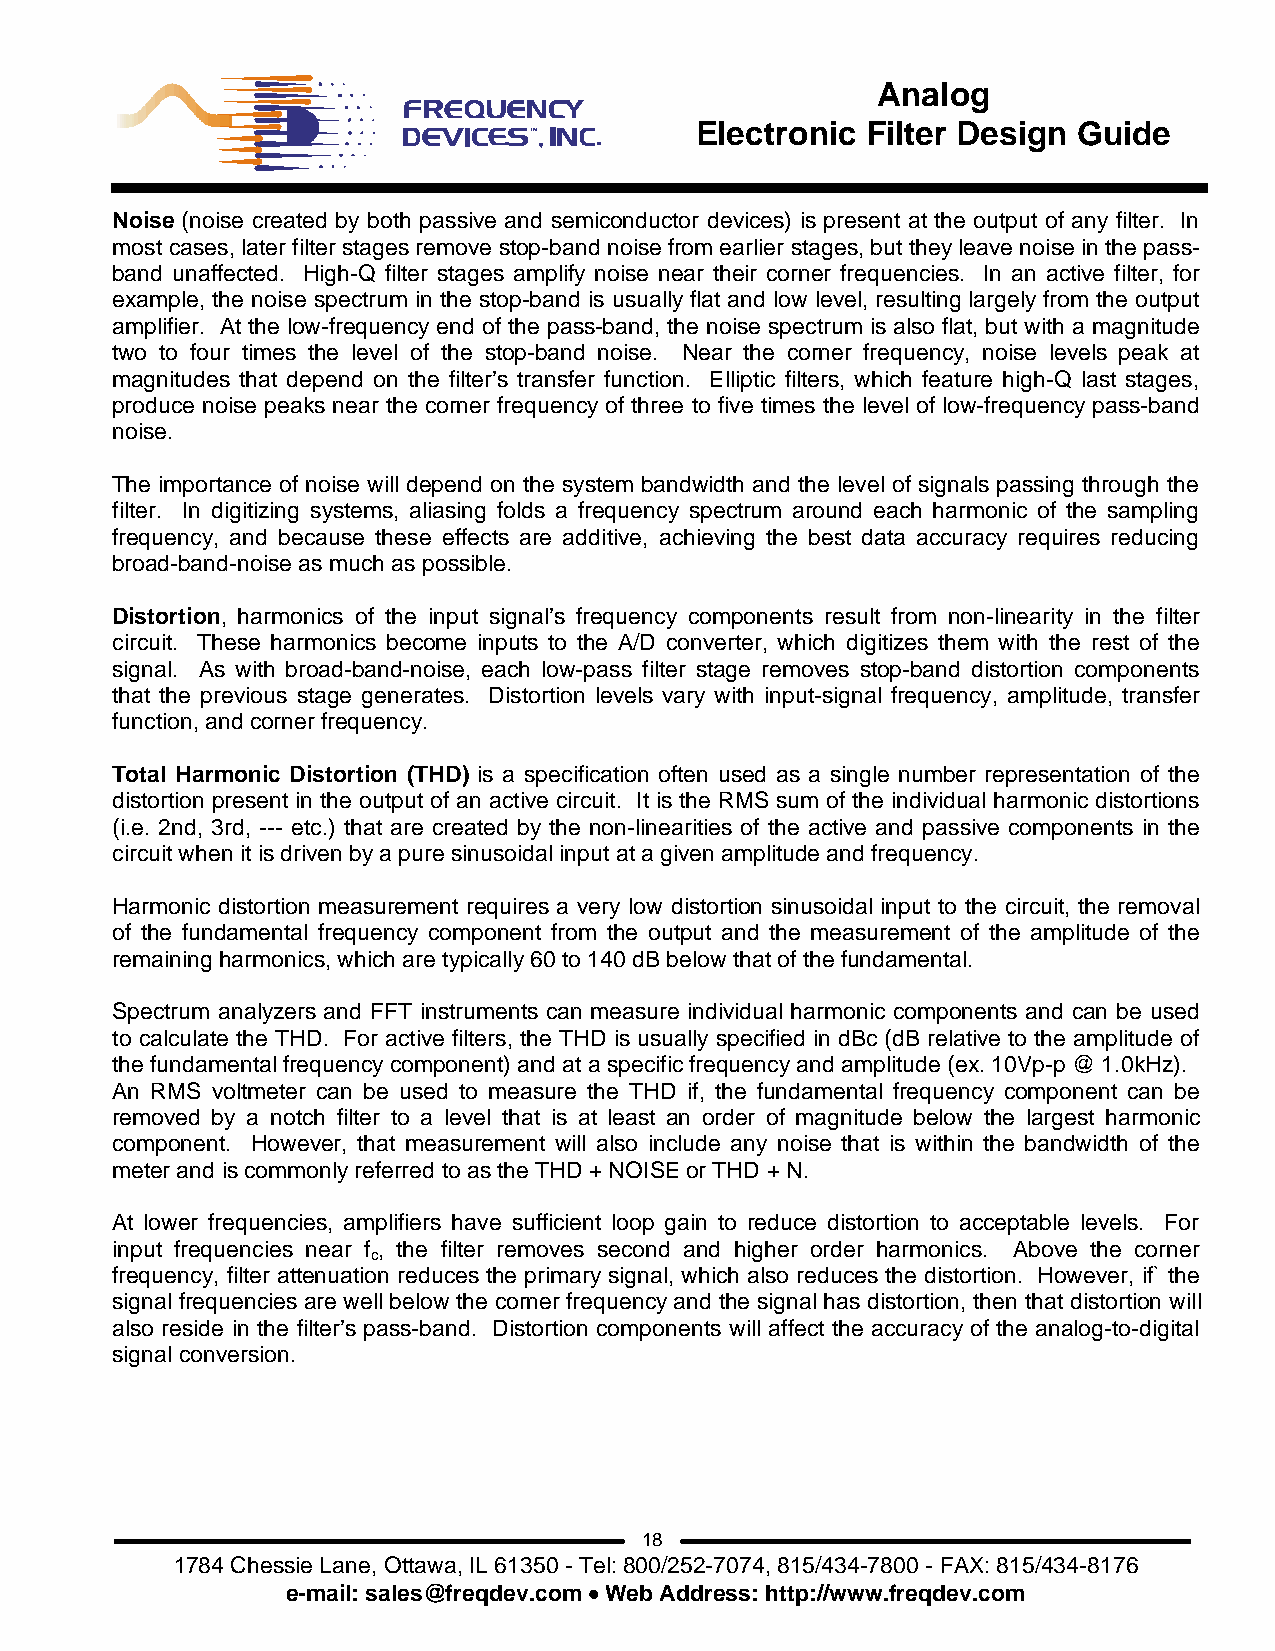
Analog
 Electronic Filter Design Guide
 Noise (noise created by both passive and semiconductor devices) is present at the output of any filter. In
 most cases, later filter stages remove stop-band noise from earlier stages, but they leave noise in the pass-
 band unaffected. High-Q filter stages amplify noise near their corner frequencies. In an active filter, for
 example, the noise spectrum in the stop-band is usually flat and low level, resulting largely from the output
 amplifier. At the low-frequency end of the pass-band, the noise spectrum is also flat, but with a magnitude
 two to four times the level of the stop-band noise. Near the corner frequency, noise levels peak at
 magnitudes that depend on the filter’s transfer function. Elliptic filters, which feature high-Q last stages,
 produce noise peaks near the corner frequency of three to five times the level of low-frequency pass-band
 noise.
 The importance of noise will depend on the system bandwidth and the level of signals passing through the
 filter. In digitizing systems, aliasing folds a frequency spectrum around each harmonic of the sampling
 frequency, and because these effects are additive, achieving the best data accuracy requires reducing
 broad-band-noise as much as possible.
 Distortion, harmonics of the input signal’s frequency components result from non-linearity in the filter
 circuit. These harmonics become inputs to the A/D converter, which digitizes them with the rest of the
 signal. As with broad-band-noise, each low-pass filter stage removes stop-band distortion components
 that the previous stage generates. Distortion levels vary with input-signal frequency, amplitude, transfer
 function, and corner frequency.
 Total Harmonic Distortion (THD) is a specification often used as a single number representation of the
 distortion present in the output of an active circuit. It is the RMS sum of the individual harmonic distortions
 (i.e. 2nd, 3rd, --- etc.) that are created by the non-linearities of the active and passive components in the
 circuit when it is driven by a pure sinusoidal input at a given amplitude and frequency.
 Harmonic distortion measurement requires a very low distortion sinusoidal input to the circuit, the removal
 of the fundamental frequency component from the output and the measurement of the amplitude of the
 remaining harmonics, which are typically 60 to 140 dB below that of the fundamental.
 Spectrum analyzers and FFT instruments can measure individual harmonic components and can be used
 to calculate the THD. For active filters, the THD is usually specified in dBc (dB relative to the amplitude of
 the fundamental frequency component) and at a specific frequency and amplitude (ex. 10Vp-p @ 1.0kHz).
 An RMS voltmeter can be used to measure the THD if, the fundamental frequency component can be
 removed by a notch filter to a level that is at least an order of magnitude below the largest harmonic
 component. However, that measurement will also include any noise that is within the bandwidth of the
 meter and is commonly referred to as the THD + NOISE or THD + N.
 At lower frequencies, amplifiers have sufficient loop gain to reduce distortion to acceptable levels. For
 input frequencies near f , the filter removes second and higher order harmonics. Above the corner
 c
 frequency, filter attenuation reduces the primary signal, which also reduces the distortion. However, if` the
 signal frequencies are well below the corner frequency and the signal has distortion, then that distortion will
 also reside in the filter’s pass-band. Distortion components will affect the accuracy of the analog-to-digital
 signal conversion.
 18
 1784 Chessie Lane, Ottawa, IL 61350 - Tel: 800/252-7074, 815/434-7800 - FAX: 815/434-8176
 e-mail: sales@freqdev.com • Web Address: http://www.freqdev.com